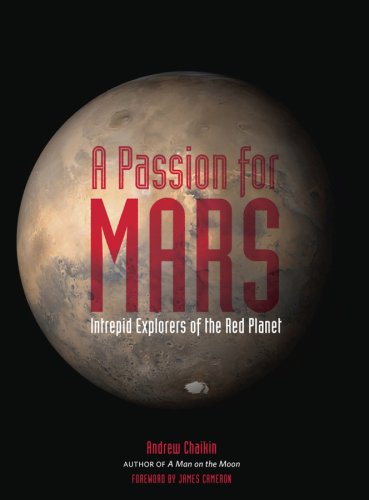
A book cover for A Passion for Mars: Intrepid Explorers of the Red Planet; Andrew Chaikin; Science & Math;